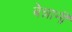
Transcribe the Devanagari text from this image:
बेन्नानी